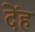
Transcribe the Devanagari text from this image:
देंह